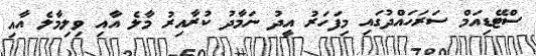
ސްޓޭޑިއަމް ސަރަހައްދުގައި މިފަހަރު އީދު ނަމާދު ކުރާއިރު މާލެ އާއި ވިލިމާލެ އާއި